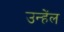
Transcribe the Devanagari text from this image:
उन्हेंल